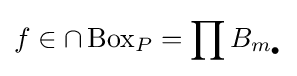
f\in \cap \operatorname {Box} _{P}=\prod B_{m_{\bullet }}